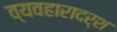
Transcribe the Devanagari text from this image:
व्‍यवहारादर्श